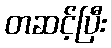
တဆင့်ပြီး